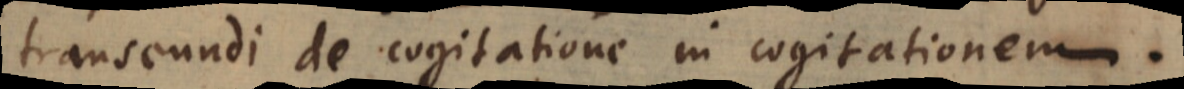
transeundi de cogitatione in cogitationem.